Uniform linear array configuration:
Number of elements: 24
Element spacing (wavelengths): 0.5
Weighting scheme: kaiser
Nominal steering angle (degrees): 60
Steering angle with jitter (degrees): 60.627
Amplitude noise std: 0.05
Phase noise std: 0.05

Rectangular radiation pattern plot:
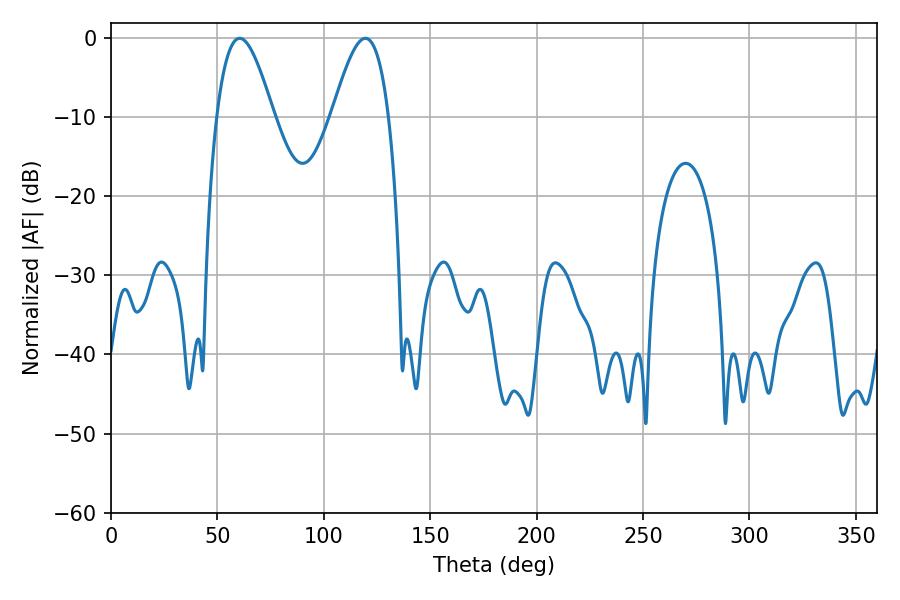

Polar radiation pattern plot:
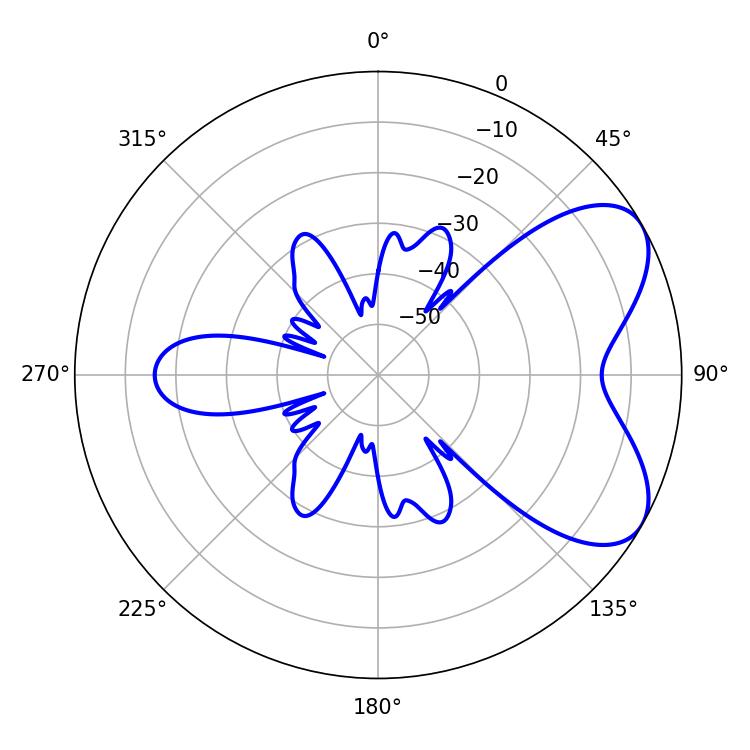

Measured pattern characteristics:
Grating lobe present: FALSE
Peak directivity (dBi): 6.158
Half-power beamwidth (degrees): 14.4
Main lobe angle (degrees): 60.48